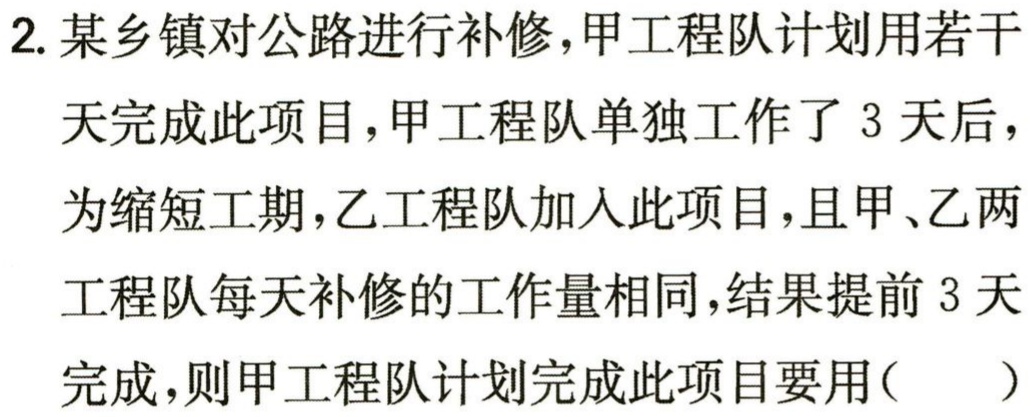
2. 某乡镇对公路进行补修，甲工程队计划用若干天完成此项目，甲工程队单独工作了 3 天后，为缩短工期，乙工程队加入此项目，且甲、乙两工程队每天补修的工作量相同，结果提前 3 天完成，则甲工程队计划完成此项目要用( )